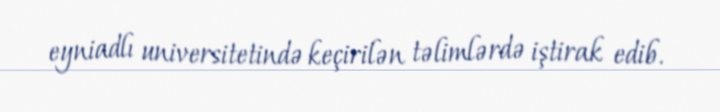
eyniadlı universitetində keçirilən təlimlərdə iştirak edib.